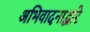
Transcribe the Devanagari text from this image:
अभिवादनाद्वारे